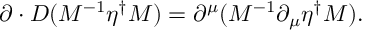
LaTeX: \partial \cdot D ( M ^ { - 1 } \eta ^ { \dagger } M ) = \partial ^ { \mu } ( M ^ { - 1 } \partial _ { \mu } \eta ^ { \dagger } M ) .